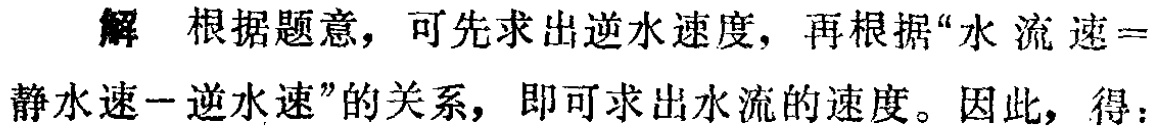
解 根据题意，可先求出逆水速度，再根据“水流速 = 静水速−逆水速”的关系，即可求出水流的速度。因此，得：